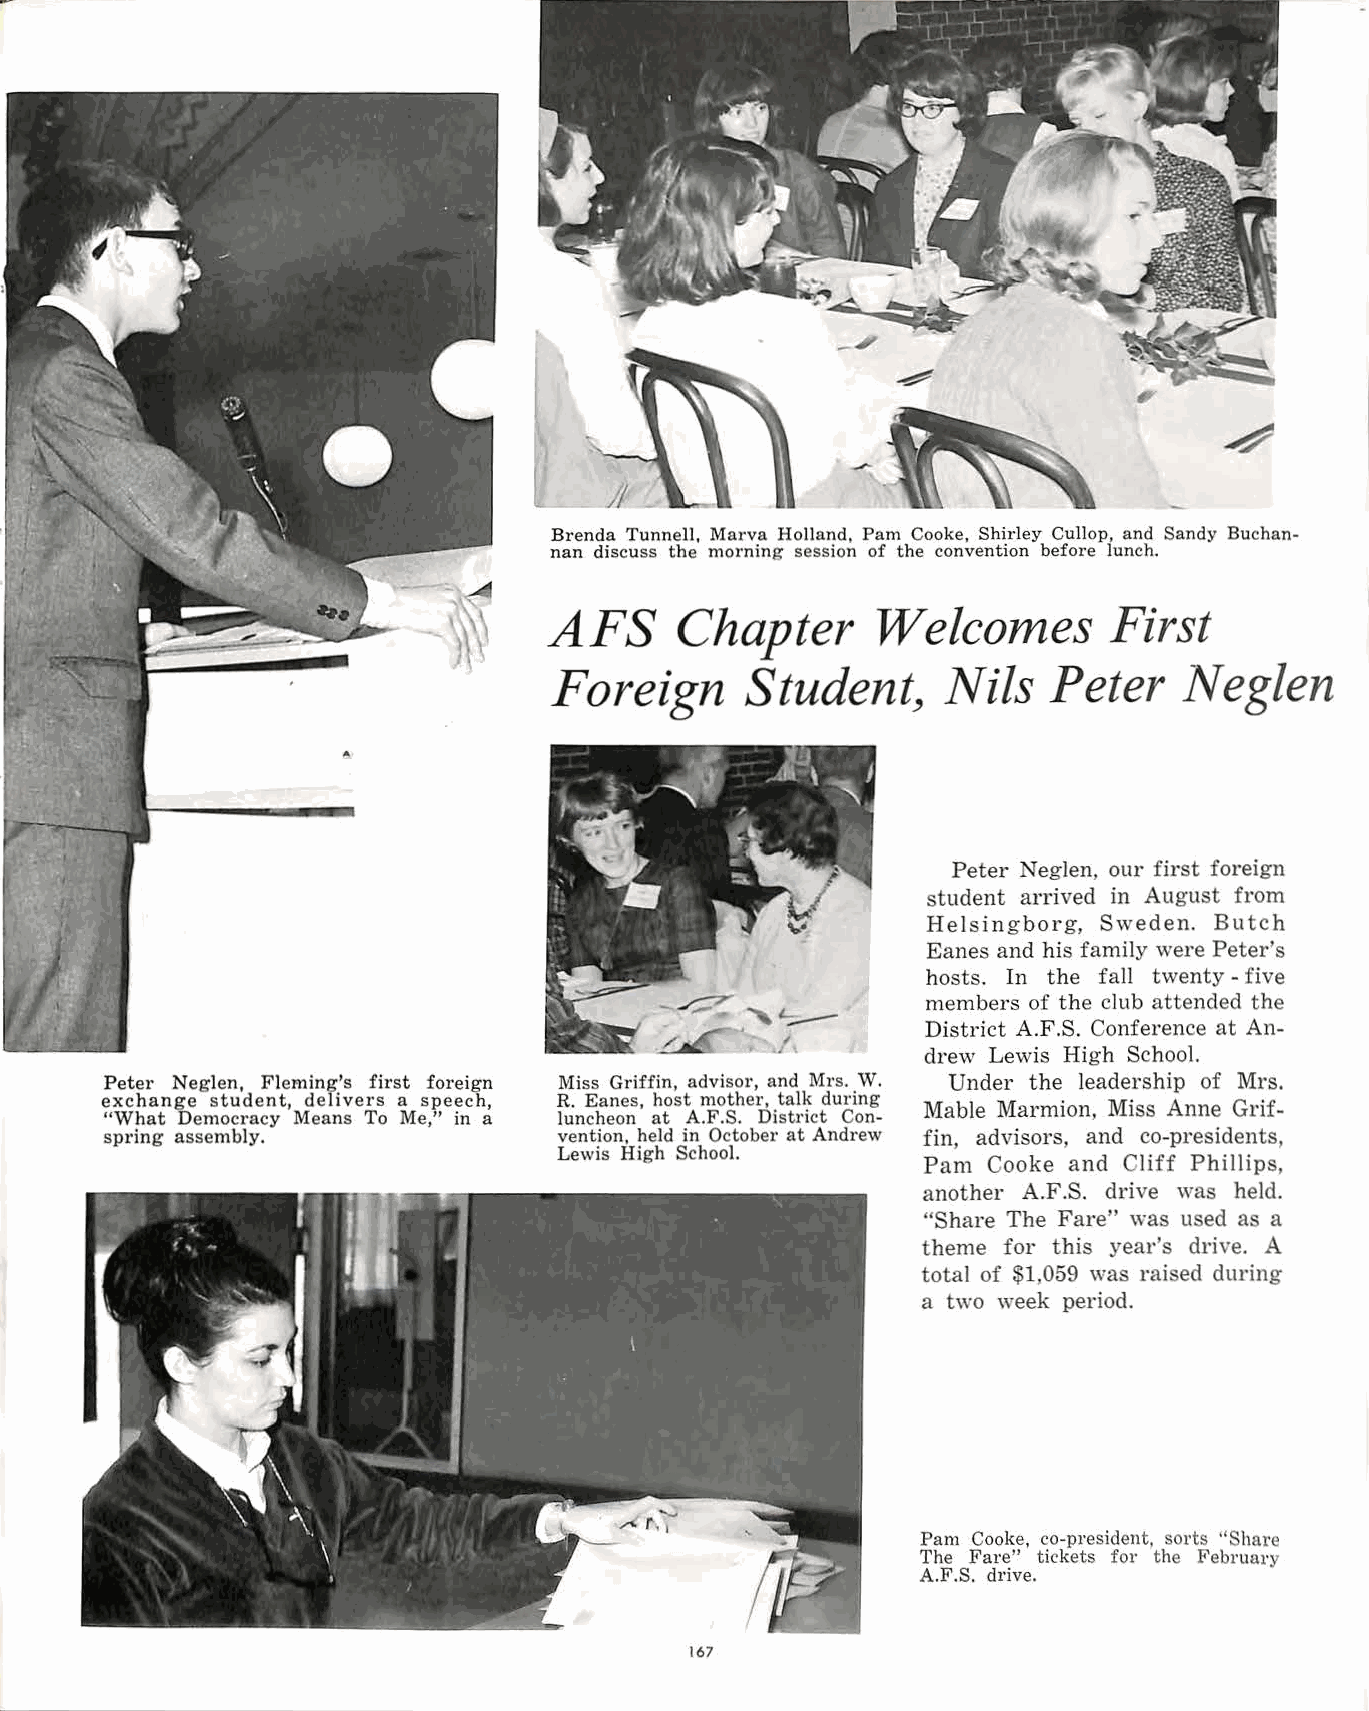
Brenda Tunnell. Marva Holland, Pam Cooke, Shirley Cullop, and Sandy Buchan
 nan discuss the morning session of the convention before lunch.
 AFS      Chapter      Welcomes        First
 Foreign     Student,      Nils   Peter   Neglen
 Peter Neglen, our first foreign
 student arrived in August from
 Helsingborg, Sweden. Butch
 Eanes and his family were Peter's
 hosts. In the fall twenty -five
 members of the club attended the
 District A.F.S. Conference at An
 drew Lewis High School.
 Peter Neglen, Fleming's first foreign Miss Griffin, advisor, and Mrs. W. Under the leadership of Mrs.
 exchange student, delivers a speech, R. Eanes, host mother, talk during
 Mable Marmion, Miss Anne Grif
 "What Democracy Means To Me," in a luncheon at A.F.S. District Con
 spring assembly.              vention, held in October at Andrew fin, advisors, and co-presidents,
 Lewis High School.
 Pam Cooke and Cliff Phillips,
 another A.F.S. drive was held.
 "Share The Fare" was used as a
 theme for this year's drive. A
 total of $1,059 was raised during
 a two week period.
 Pam Cooke, co-president, sorts ''Share
 The Fare" tickets for the February
 A.F.S. drive.
 167